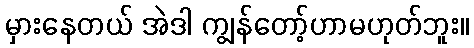
မှားနေတယ် အဲဒါ ကျွန်တော့်ဟာမဟုတ်ဘူး။